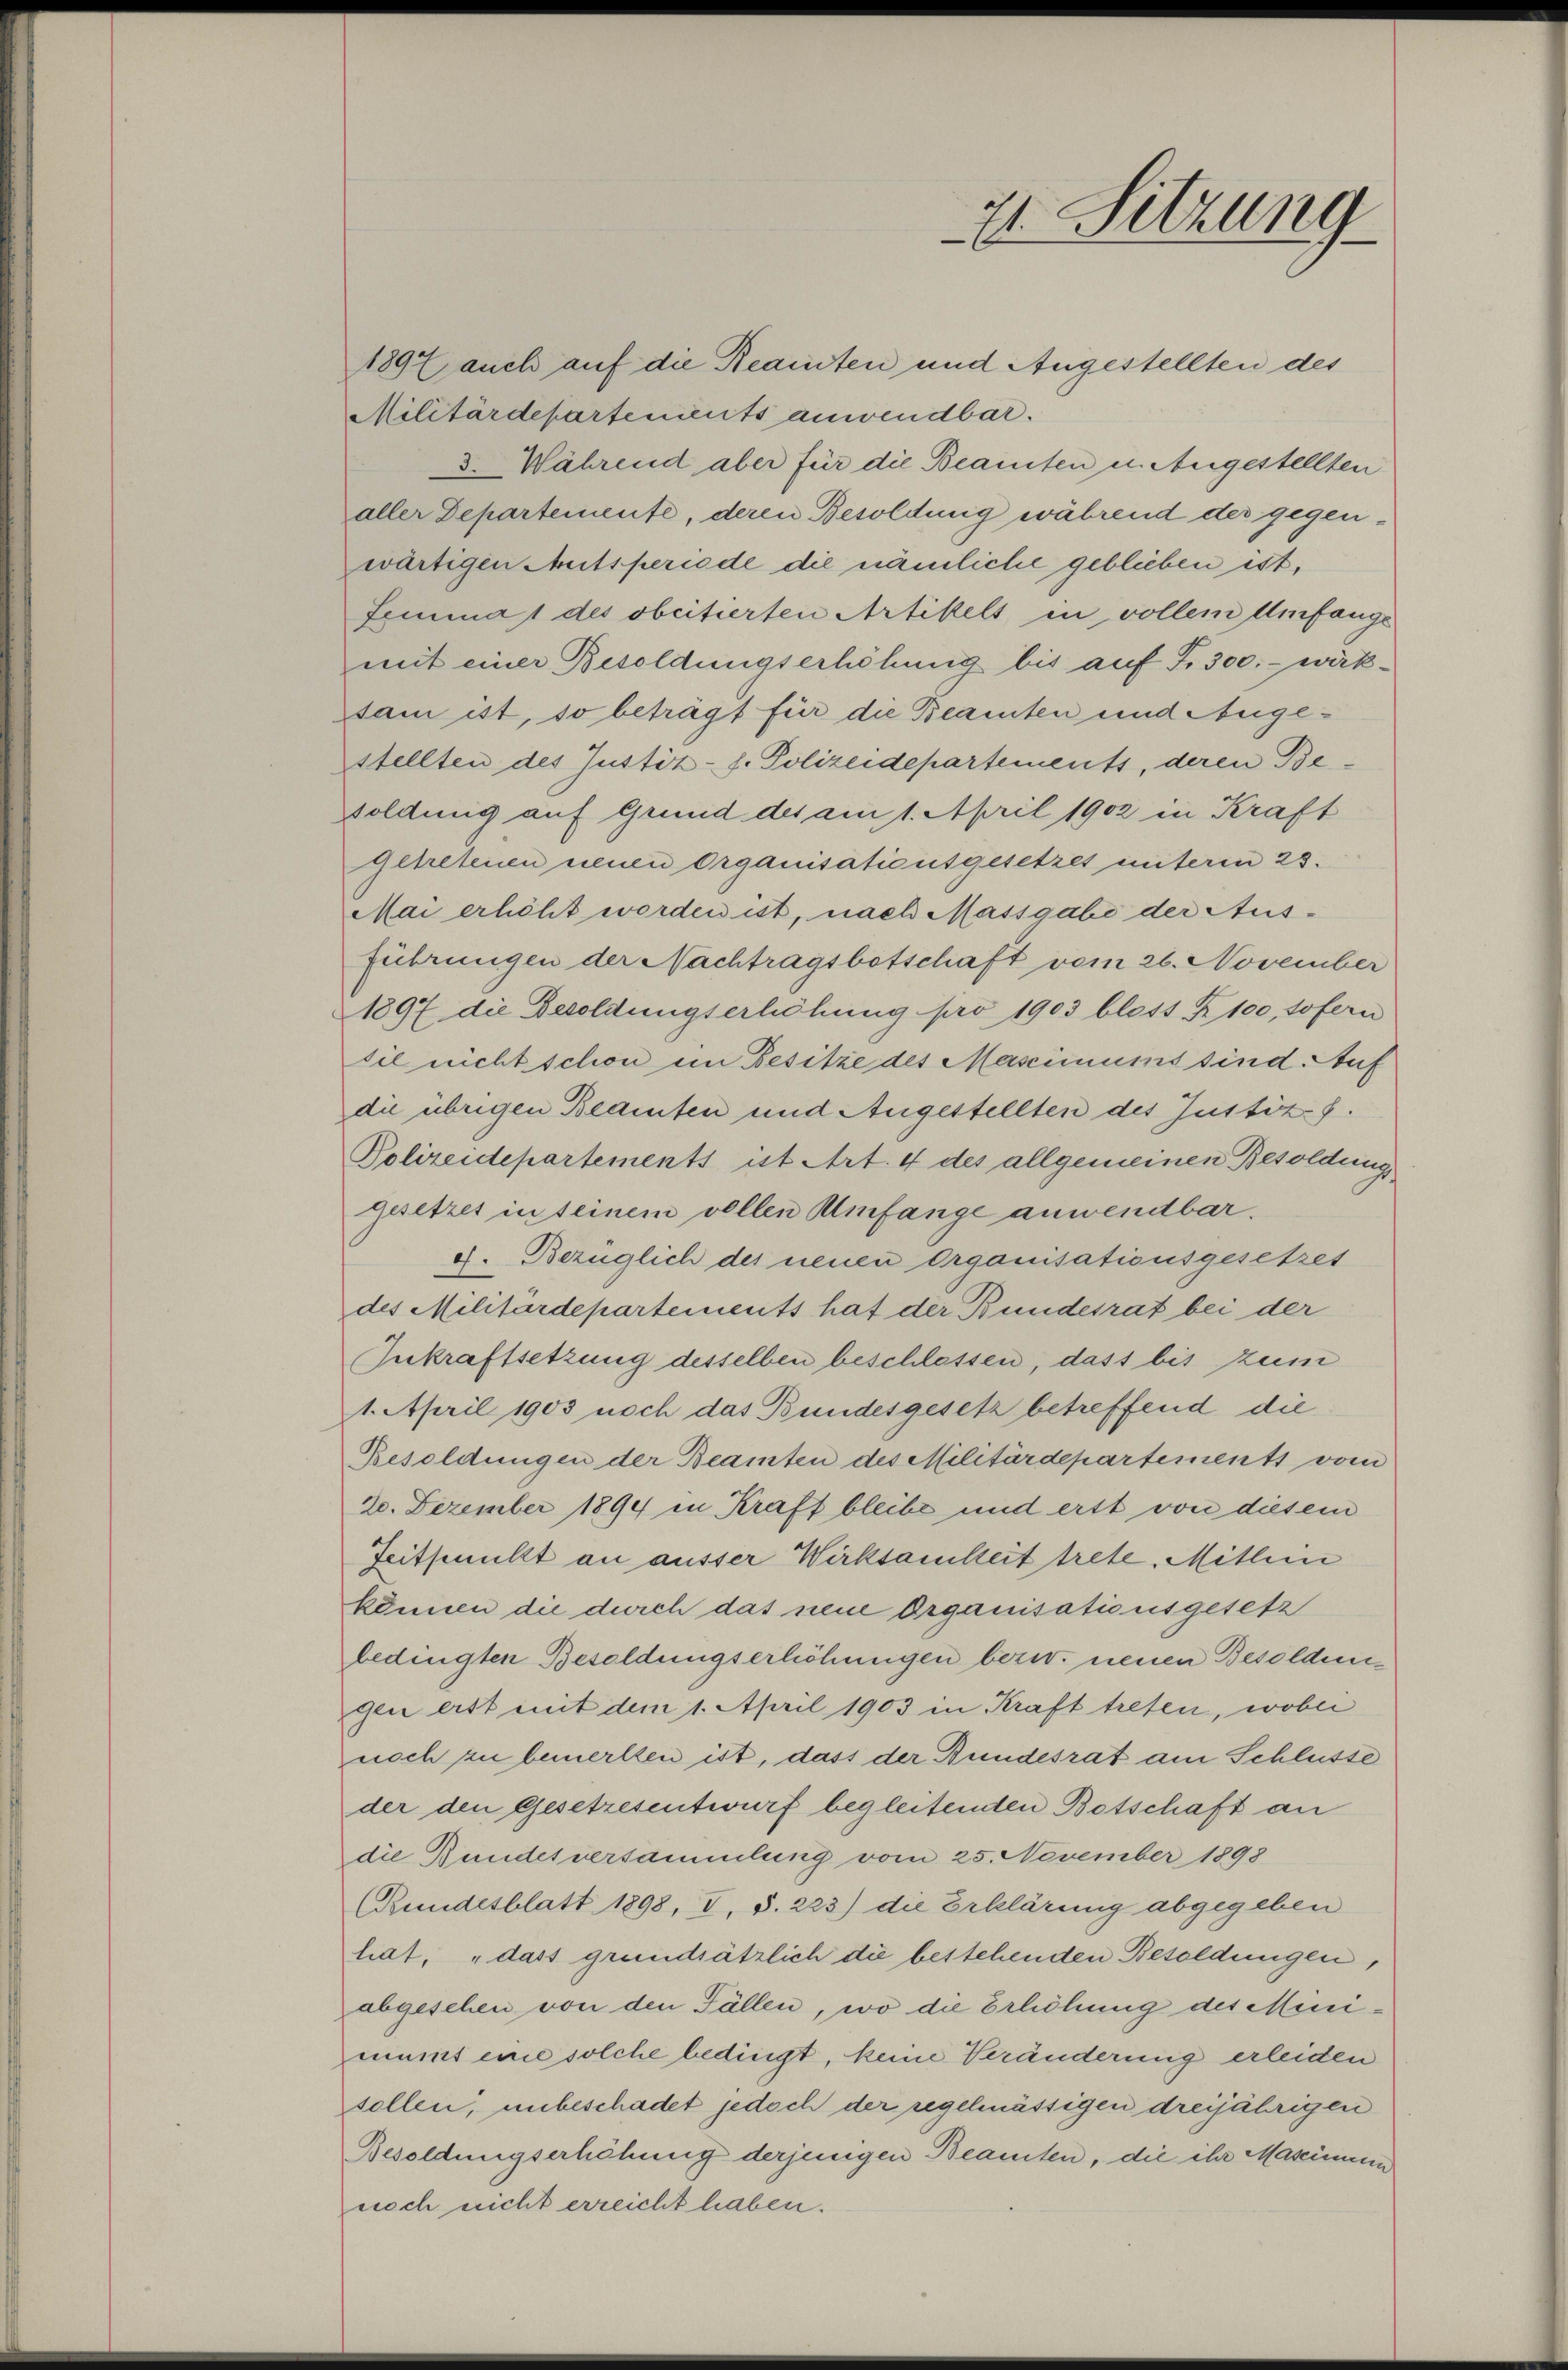
1897 auch auf die Reamten und Angestellten des
Militärdepartements anwendbar.
d. Während aber für die Beamten u. Angestellten
aller Departemente, deren Besoldung während der gegenwärtigen Amtsperiode die nämliche geblieben ist.
Lemma 1 des obcitierten Artikels in vollem Umfange
mit einer Besoldungserhöhung bis auf S. 300.- wirkssam ist, so beträgt für die Beamten und Angestellten des Justiz- f. Polizeidepartements, deren Besoldung auf Grund des am 1. April 1902 in Kraft
getretenen neuen Organisationsgesetzes unterm 23.
Mai erhöht worden ist, nach Massgabe der Aus-
führungen der Nachtragsbotschaft vom 26. November
1897 die Besoldungserhöhung pro 1903 bloss § 100, sofern
sil nicht schon im Besitze des Masiums sind. Auf
die übrigen Beamten und Augestellten des Justiz.
Polizeidepartements ist Art. 4 des allgemeinen Besoldung
gesetzes in seinem vollen Umfange anwendbar.
4. Bezüglich des neuen Organisationsgesetzes
des Militärdepartements hat der Bundesrat bei der
Inkraftsetzung desselben beschlessen, dass bis zum
1. April 1903 noch das Bundesgesetz betreffend die
Besoldungen der Beamten des Militärdepartements vom
20. Dezember 1894 in Kraft bleibe und erst von diesem
Zeitpunkt an ausser Wirksamkeit trete, Mitlei
können die durch das neue Organisationsgesetz
bedingten Besoldungserhöhungen bezw. neuen Besoldengen erst mit dem 1. April 1903 in Kraft treten, wobei
noch zu bemerkten ist, dass der Bundesrat am Schlüsse
der den Gesetzesentwurf begleitenden Betschaft an
die Bundesversammlung vom 25. November 1898
(Bundesblatt 1898, I. §. 223) die Erklärung abgegeben
hat, „dass grundsätzlich die bestehenden Besoldungen,
abgesehen von den Fällen, wo die Erhöhung des Minimumt eine solche bedingt, keine Veränderung erleiden
sollen, unbeschadet jedoch der regelmässigen dreijährigen
Besoldungserhöhung derjenigen Beamten, die ihr Maseinem
noch nicht erreicht haben.

21. Sitzung